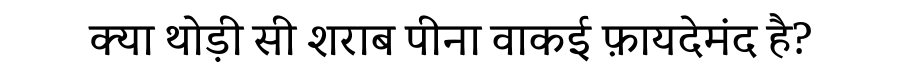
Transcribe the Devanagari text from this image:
क्या थोड़ी सी शराब पीना वाकई फ़ायदेमंद है?